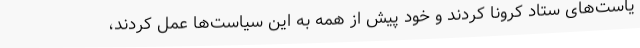
یاست‌های ستاد کرونا کردند و خود پیش از همه به این سیاست‌ها عمل کردند،